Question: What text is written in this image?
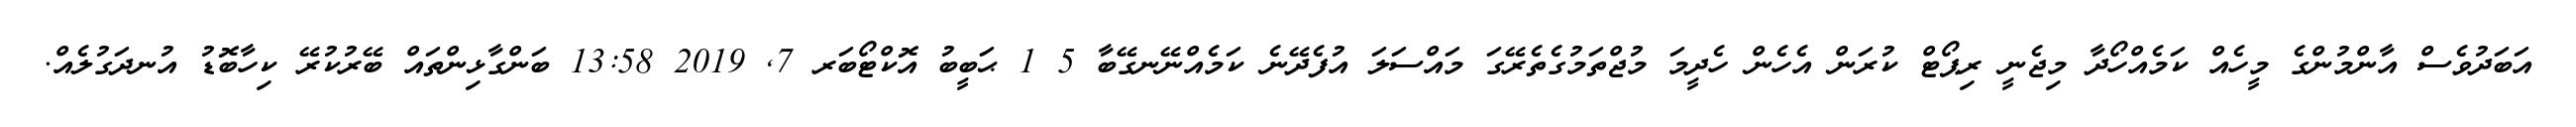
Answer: އަބަދުވެސް އާންމުންގެ މީހެއް ކަމެއްހޯދާ މިޖެނީ ރިޕޯޓް ކުރަން އެހެން ހެދީމަ މުޖްތަމުގެތެރޭގަ މައްސަލަ އުފެދޭނެ ކަމެއްނޭނގޭބާ 5 1 ޙަބީބު އޮކްޓޯބަރ 7, 2019 13:58 ބަންގާޅިންތައް ބޭރުކުރޭ ކިހާބޮޑު އުނދަގުލެއް.